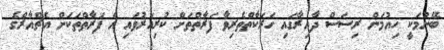
ބޭނުމަކީ ހިއުމަން ރިސަސް ދާއިރާގައި ހަރަކާތްތެރިވާ ފަރާތްތަށް ކުރިއަރުވައި އެ ފަރާތްތަކަށް އެޗްއާރްގެ